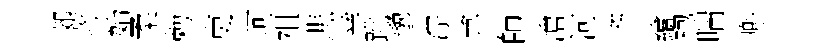
郊蒋始柔勅吏珂祖悲幸跳邈淙弇師滄河齐繪袍喘兠